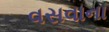
વસવાના